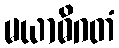
မယာဓိဂတံ